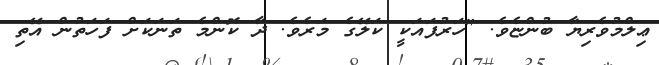
ޢިލްމުވެރިޔާ ބުންޏެވެ. "ހަރުފައަކީ ކަލޭގެ މަރެވެ. ދާ ކޮންމެ ތަނަކަށް ފަހަތުން އޭތި